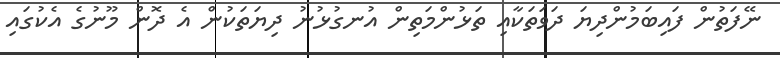
ނޭފަތުން ފައިބަމުންދިޔަ ދަވަތަކާއި ތަޅުންމަތިން އުނގުޅުނު ދިޔަތަކުން އެ ދޮން މޫނުގެ އެކުގައި